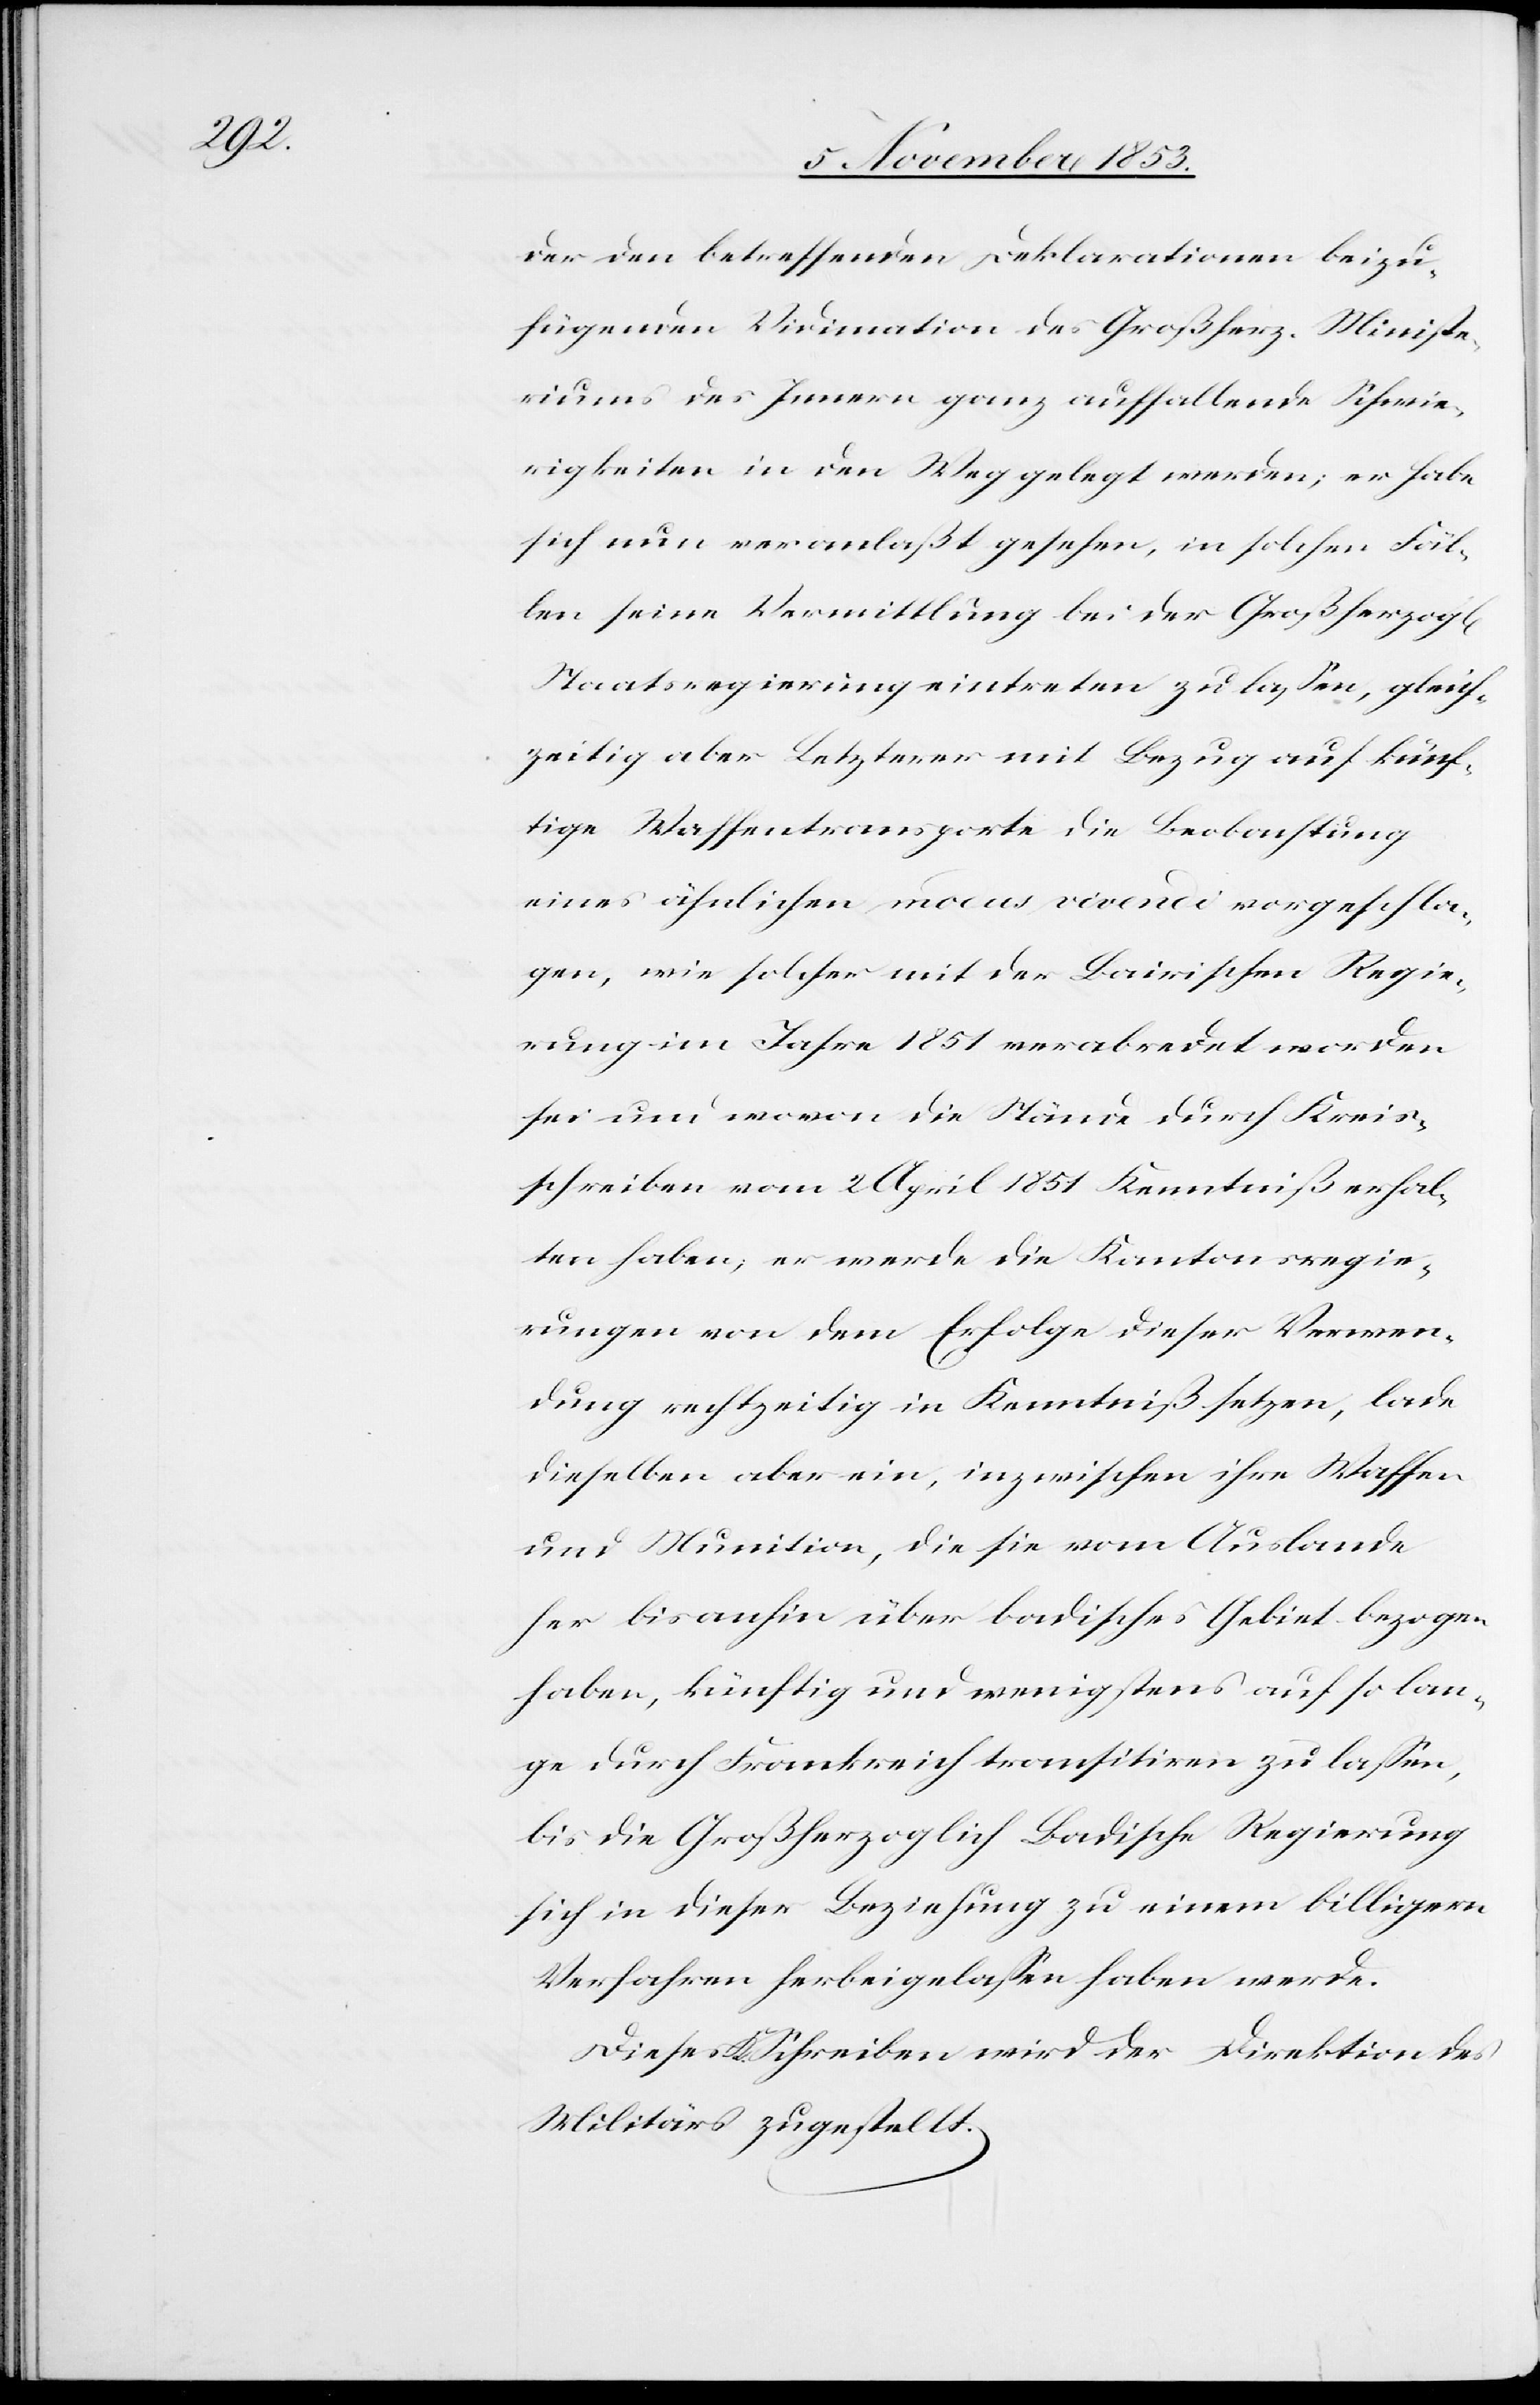
chen]

der den betreffenden Deklarationen beizu¬
fügenden Vidimation des Großherz. Ministe¬
riums des Innern ganz auffallende Schwie¬
rigkeiten in den Weg gelegt werden; er habe
sich nun veranlaßt gesehen, in solchen Fäl¬
len seine Vermittlung bei der Großherzogl[i¬
Staatsregierung eintreten zu laßen, gleich¬
zeitig aber Letzterer mit Bezug auf künf¬
tige Waffentransporte die Beobachtung
eines ähnlichen modus vivendi vorgeschla¬
gen, wie solcher mit der Bairischen Regie¬
rung im Jahre 1851 verabredet worden
sei und wovon die Stände durch Kreis¬
schreiben vom 2 April 1851 Kenntniß erhal¬
ten haben, er werde die Kantonsregie¬
rungen von dem Erfolge dieser Verwen¬
dung rechtzeitig in Kenntniß setzen, lade
dieselben aber ein, inzwischen ihre Waffen
und Munition, die sie vom Auslande
her bisanhin über badisches Gebiet bezogen
haben, künftig und wenigstens auf so lan¬
ge durch Frankreich transistiren zu laßen,
bis die Großherzoglich Badische Regierung
sich in dieser Beziehung zu einem billigern
Verfahren herbeigelaßen haben werde.
Dieses Schreiben wird der Direktion des
Militärs zugestellt.